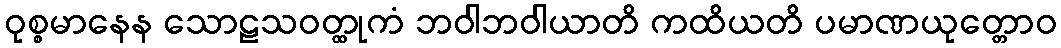
ဝုစ္စမာနေန သောဠသဝတ္ထုကံ ဘဝါဘဝါယာတိ ကထိယတိ ပမာဏယုတ္တောဝ